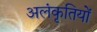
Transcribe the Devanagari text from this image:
अलंकृतियों